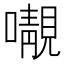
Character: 𡃁